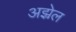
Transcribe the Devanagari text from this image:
अझ्रेल